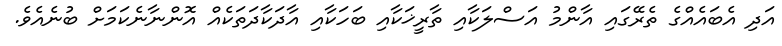
އަދި އެބައެއްގެ ތެރޭގައި އާންމު އަސްލަކާއި ތާރީޚަކާއި ބަހަކާއި އާދަކާދަތަކެއް އޮންނާނެކަމަށް ބުނެއެވެ.